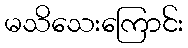
မသိသေးကြောင်း